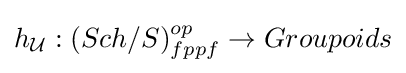
h_{\mathcal {U}}:(Sch/S)_{fppf}^{op}\to Groupoids